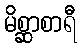
မိစ္ဆာစာရီ